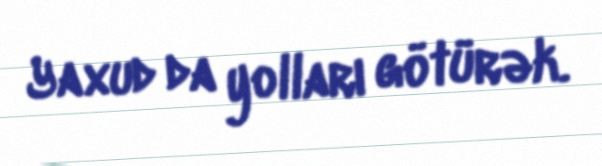
Yaxud da yolları götürək.